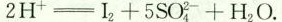
2 H ^ { + } \xlongequal [ ] { } I _ { 2 } + 5 S O _ { 4 } ^ { 2 - } + H _ { 2 } O$$.